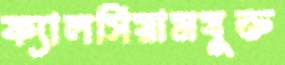
ক্যালসিয়ামযুক্ত